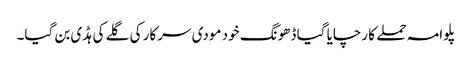
پلوامہ حملے کا رچایا گیا ڈھونگ خود مودی سرکار کی گلے کی ہڈی بن گیا۔